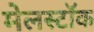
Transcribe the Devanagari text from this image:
मेलस्टॉक